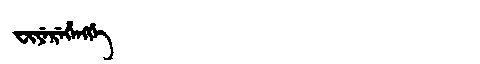
Manchu: ᠸᡳᠶᡝᡵᡝᡥᡝᠩᡤᡝ
Romanization: FIYEREHENGGE